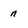
Character: n